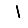
Digit: 1